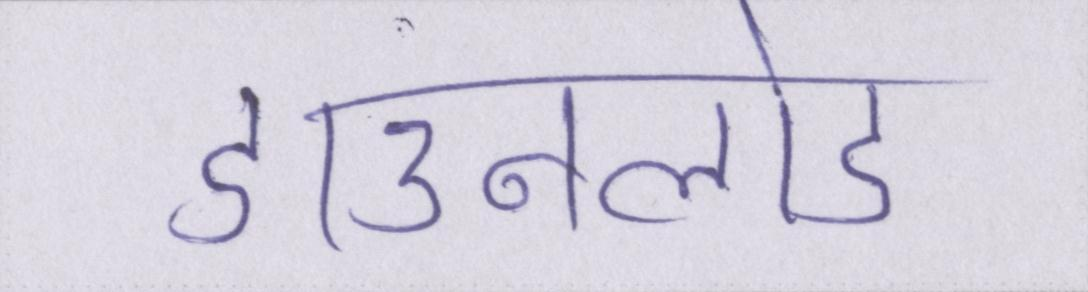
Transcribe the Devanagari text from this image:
डाउनलोड